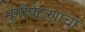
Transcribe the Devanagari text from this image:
मुंगीपैठणाचा